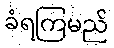
ခံရကြမည်